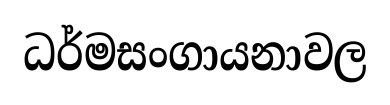
ධර්මසංගායනාවල